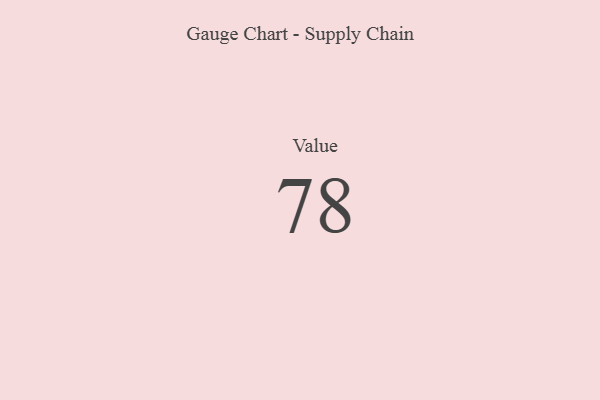
{"axis": {"x": "Metric", "y": "Value"}, "legend": [""], "data": [{"x": "Value", "y": 78, "type": ""}]}